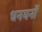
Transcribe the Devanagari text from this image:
धनयनों